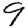
Digit: 9